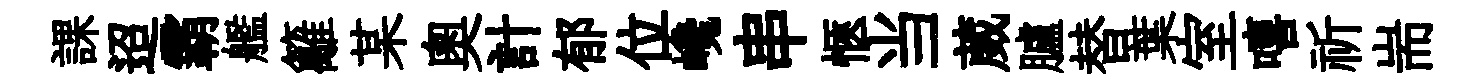
課迢霸艦籬某奧計郁位巉串愜当葳臚替葉室嘻祈耑